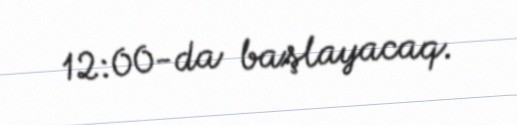
12:00-da başlayacaq.